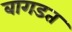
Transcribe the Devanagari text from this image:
बागडत